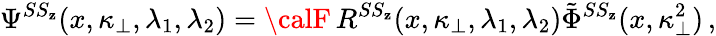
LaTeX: \Psi^{SS_{\mathbf{z}}}(x,\kappa_{\bot},\lambda_{1},\lambda_{2})={\calF}\, R^{SS_{\mathbf{z}}}(x,\kappa_{\bot},\lambda_{1},\lambda_{2})\tilde{{\Phi}}^{SS_{\mathbf{z}}}(x,\kappa_{\bot}^{2})\, ,